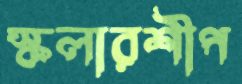
স্কলারশীপ